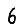
Digit: 6